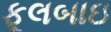
ફૂલબાઇ